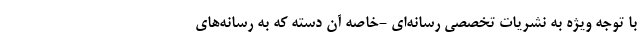
با توجه ویژه به نشریات تخصصی رسانه‌ای -خاصه آن دسته که به رسانه‌های